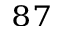
^ { 8 7 }